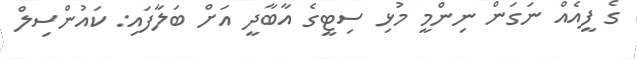
ގެ ފީއެއް ނަގަން ނިންމީ މުޅި ސިޓީގެ އާބާދީ އަށް ބަލާފައި: ކައުންސިލް